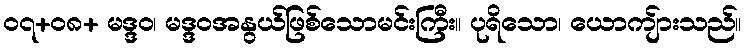
၀၇+၀၈+ မဒ္ဒဝ၊ မဒ္ဒဝအနွယ်ဖြစ်သောမင်းကြီး။ ပုရိသော၊ ယောကျ်ားသည်။